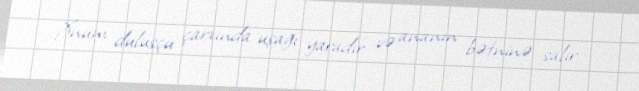
Xnum dulusçu çarxında uşağı yaradır və ananın bətninə salır.